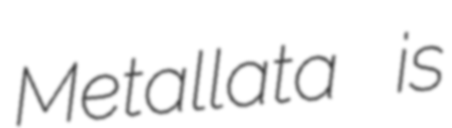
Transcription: Metallata is